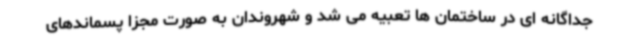
جداگانه ای در ساختمان ها تعبیه می شد و شهروندان به صورت مجزا پسماندهای